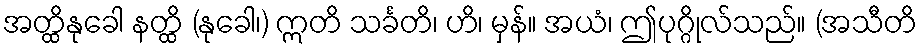
အတ္ထိနုခေါ နတ္ထိ (နုခေါ၊) ဣတိ သင်္ခတိ၊ ဟိ၊ မှန်။ အယံ၊ ဤပုဂ္ဂိုလ်သည်။ (အသီတိ